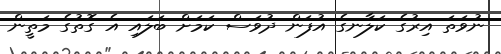
ނުވަތަ އިރުގެ ކަލާނގެ އުފަން ދުވަސް ކަމަށް ބަލައި އެ ގޮތުގެ މަތީން